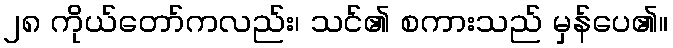
၂၈ ကိုယ်တော်ကလည်း၊ သင်၏ စကားသည် မှန်ပေ၏။